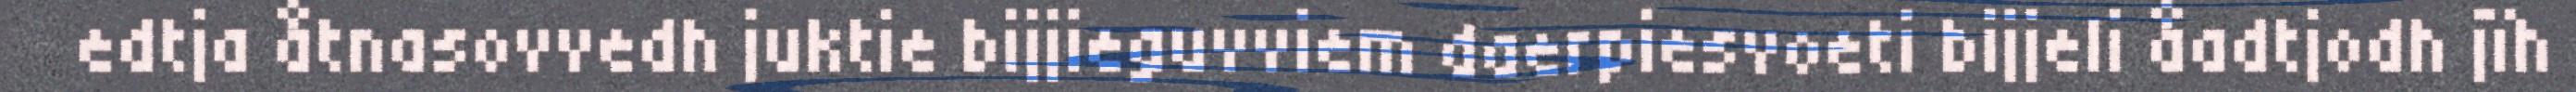
edtja åtnasovvedh juktie bijjieguvviem daerpiesvoeti bijjeli åadtjodh jïh